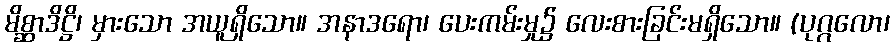
မိစ္ဆာဒိဋ္ဌိ၊ မှားသော အယူရှိသော။ အနာဒရော၊ ပေးကမ်းမှု၌ လေးစားခြင်းမရှိသော။ (ပုဂ္ဂလော၊